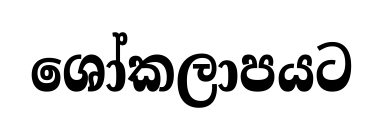
ශෝකලාපයට